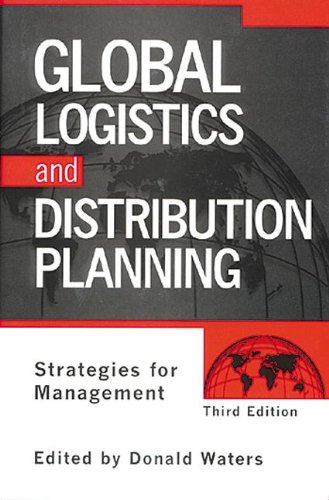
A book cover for Global Logistics And Distribution Planning: Strategies for Management; Donald Waters; Business & Money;